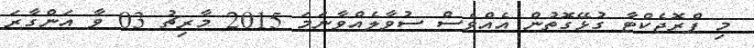
މި ޕްރޮޖެކްޓާ ގުޅޭގޮތުން އެއްވެސް ސުވާލެއްވާނަމަ 2015 މާރިޗު 03 ވާ އަންގާރަ